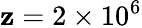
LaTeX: \mathbf{z}=2\times10^{6}